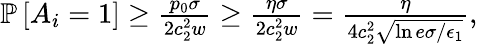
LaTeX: \begin{array}{r}{\mathbb{P}\left[A_{i}=1\right]\ge\frac{p_{0}\sigma}{2c_{2}^{2}w}\ge\frac{\eta\sigma}{2c_{2}^{2}w}=\frac{\eta}{4c_{2}^{2}\sqrt{\ln{e\sigma/\epsilon_{1}}}},}\end{array}